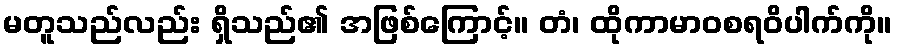
မတူသည်လည်း ရှိသည်၏ အဖြစ်ကြောင့်။ တံ၊ ထိုကာမာဝစရဝိပါက်ကို။